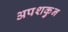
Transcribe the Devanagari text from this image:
अपशकुुन